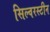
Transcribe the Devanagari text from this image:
सिल्वरस्टीन